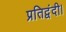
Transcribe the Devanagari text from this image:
प्रतिद्वंदी।